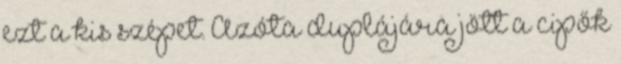
ezt a kis szépet. Azóta duplájára jött a cipők